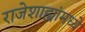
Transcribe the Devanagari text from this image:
राजेशाह्यांमध्ये